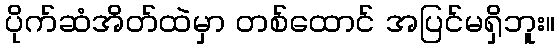
ပိုက်ဆံအိတ်ထဲမှာ တစ်ထောင် အပြင်မရှိဘူး။